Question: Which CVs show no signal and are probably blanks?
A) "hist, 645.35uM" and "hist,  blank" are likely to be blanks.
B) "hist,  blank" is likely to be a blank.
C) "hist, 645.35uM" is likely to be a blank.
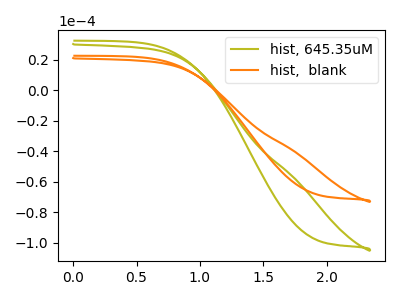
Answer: <think>The olive curve "hist, 645.35uM" has no peaks. The orange curve "hist,  blank" has no peaks.</think>
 <answer>A) "hist, 645.35uM" and "hist,  blank" are likely to be blanks.</answer>
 <eval>A</eval>